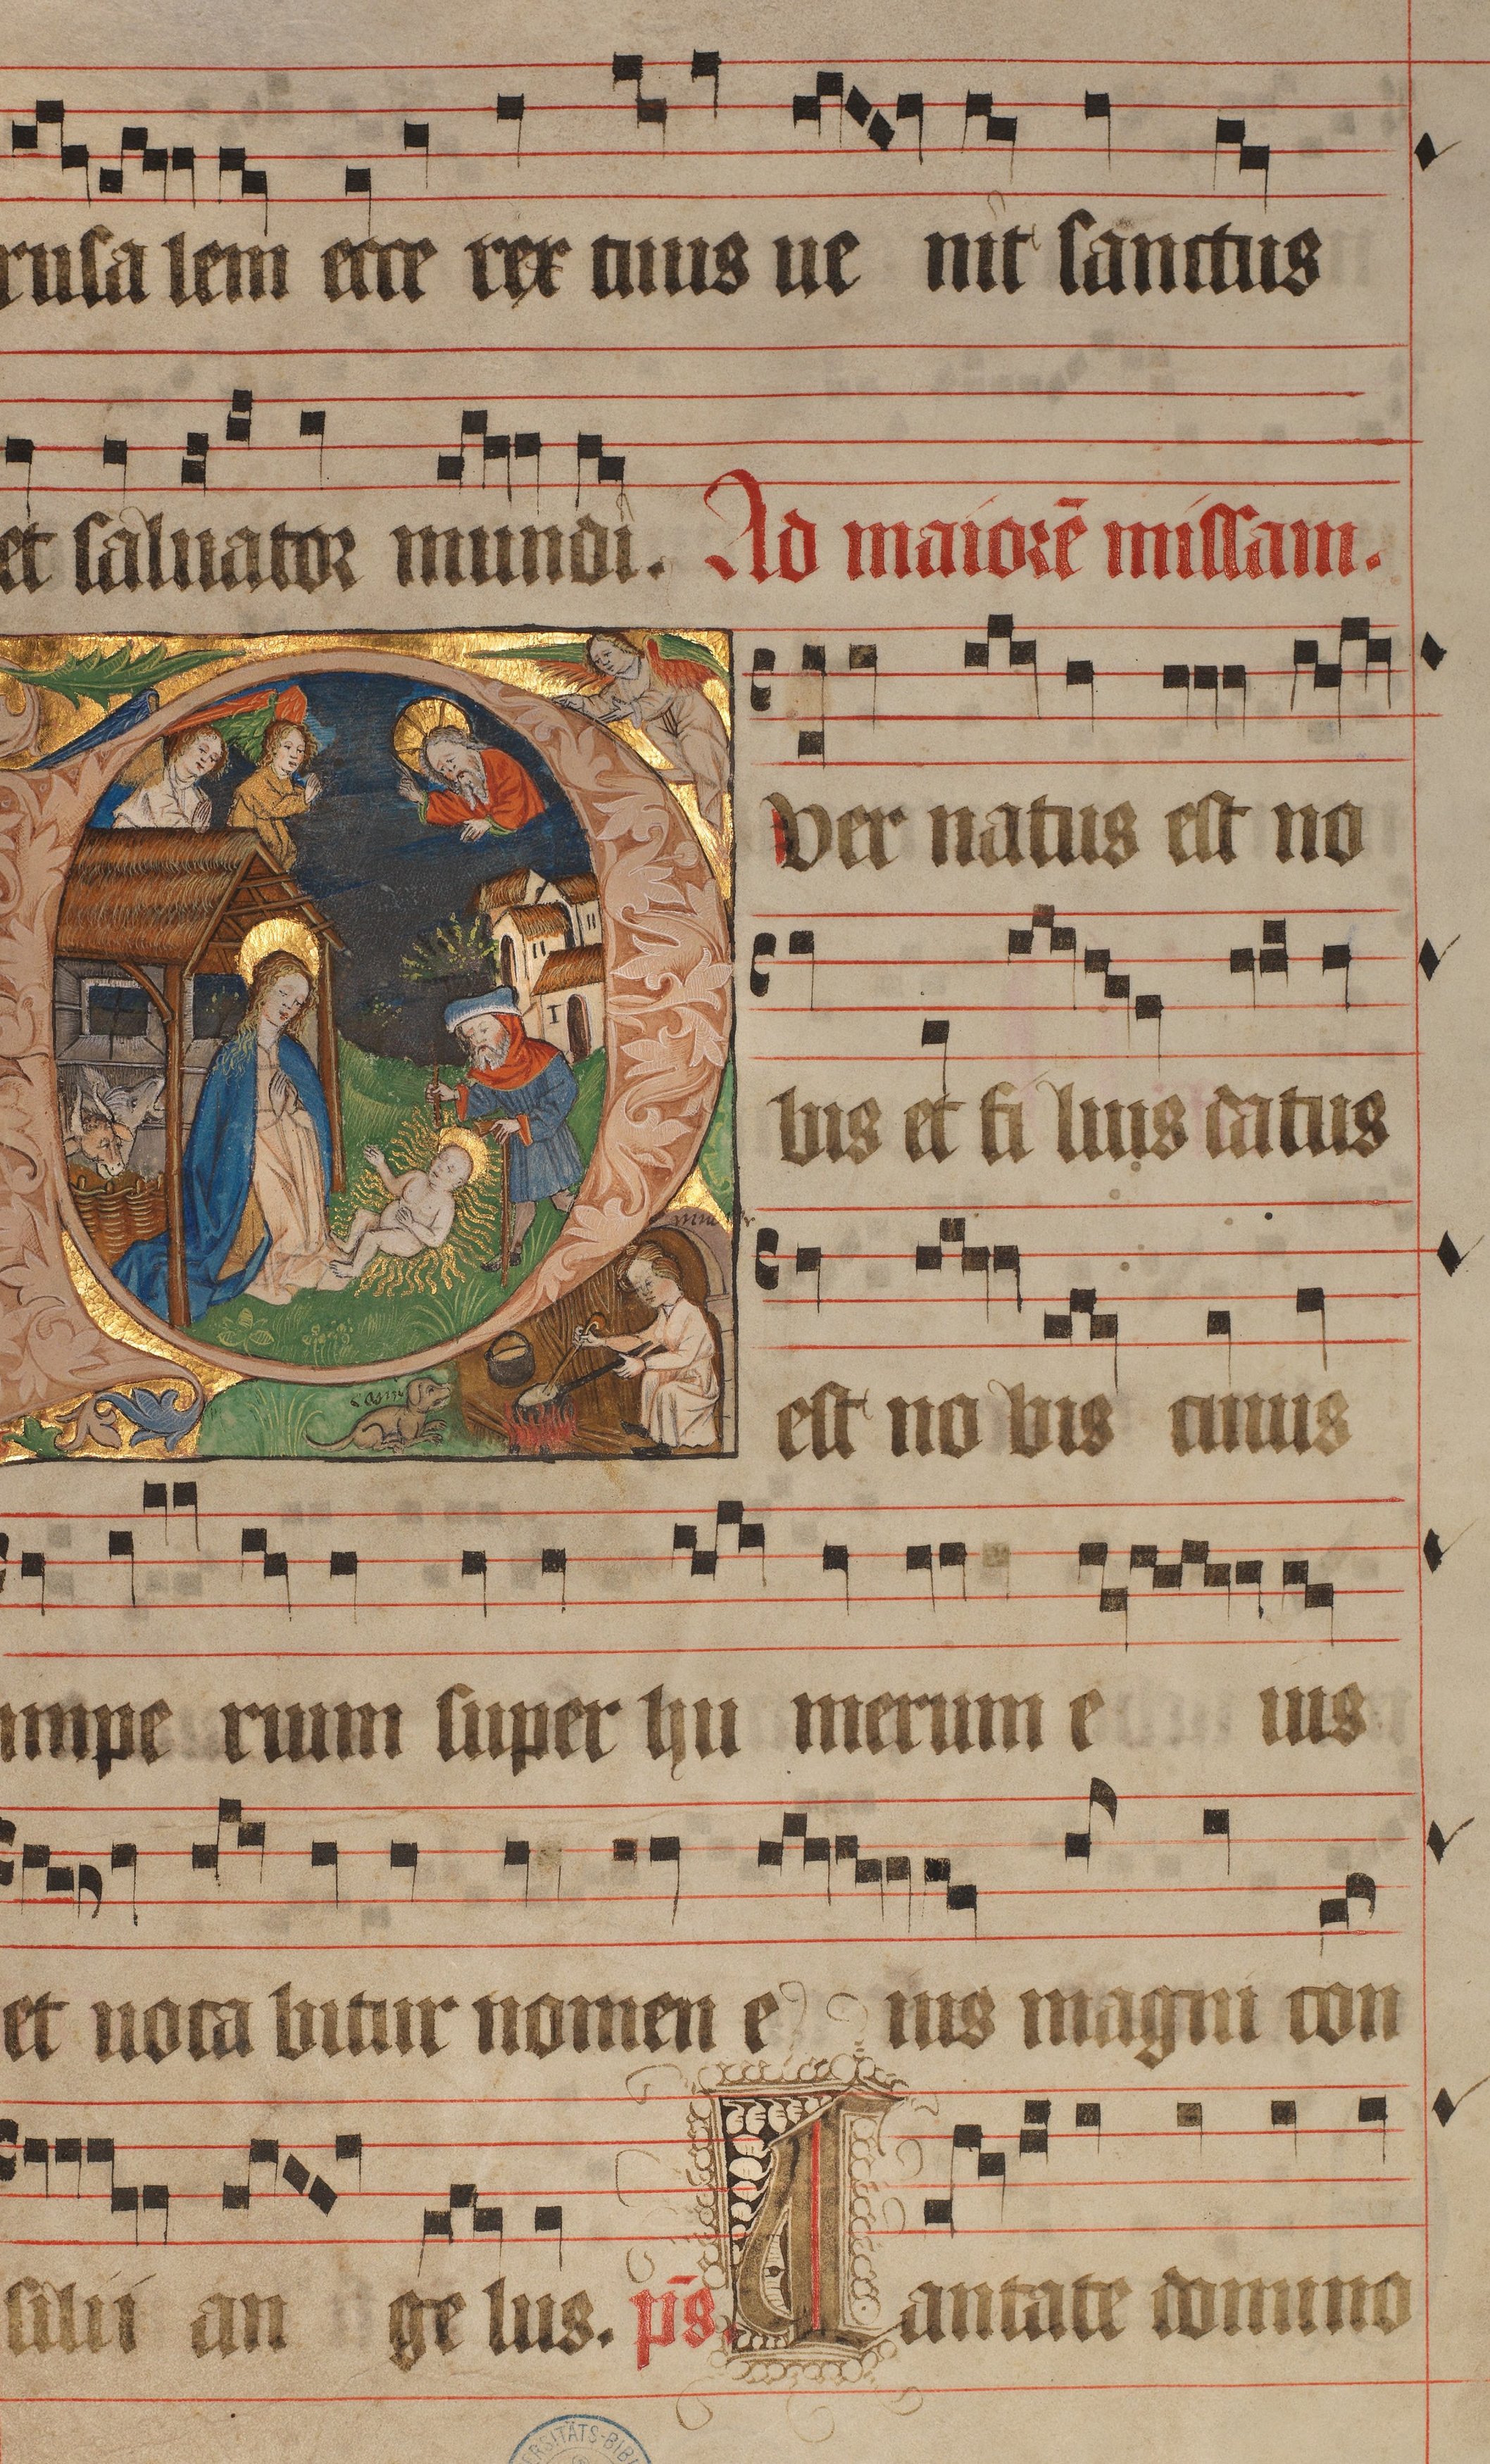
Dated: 1445–1475